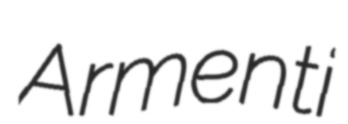
Armenti